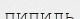
пипиль